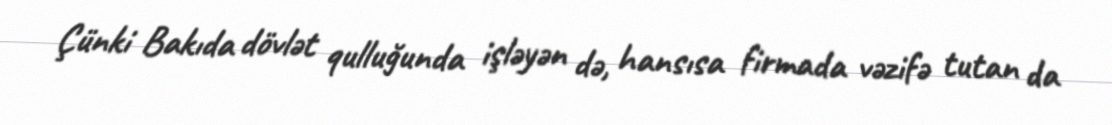
Çünki Bakıda dövlət qulluğunda işləyən də, hansısa firmada vəzifə tutan da